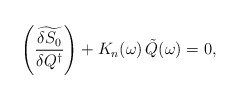
\begin{align*}\left(\widetilde{\frac{\delta S_0}{\delta Q^\dagger}}\right)+K_n(\omega)\,\tilde{Q}(\omega)=0,\end{align*}